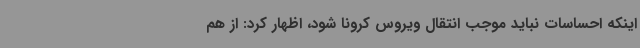
اینکه احساسات نباید موجب انتقال ویروس کرونا شود، اظهار کرد: از هم